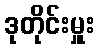
ဒုတိုင်းမှူး